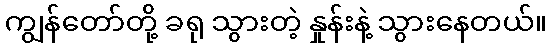
ကျွန်တော်တို့ ခရု သွားတဲ့ နှုန်းနဲ့ သွားနေတယ်။